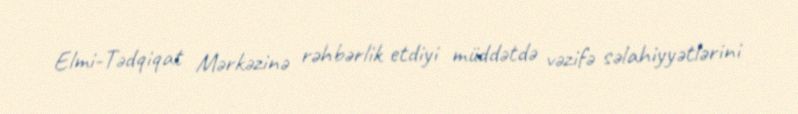
Elmi-Tədqiqat Mərkəzinə rəhbərlik etdiyi müddətdə vəzifə səlahiyyətlərini